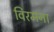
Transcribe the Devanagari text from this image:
विरमना